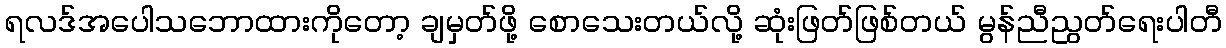
ရလဒ်အပေါသဘောထားကိုတော့ ချမှတ်ဖို့ စောသေးတယ်လို့ ဆုံးဖြတ်ဖြစ်တယ် မွန်ညီညွတ်ရေးပါတီ